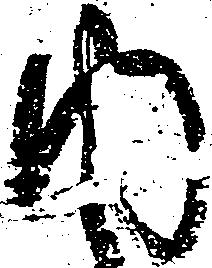
内